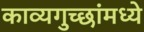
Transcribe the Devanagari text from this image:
काव्यगुच्छांमध्ये